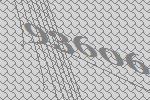
93606